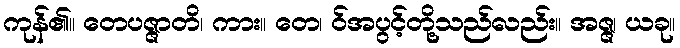
ကုန်၏။ တေပဇ္ဇာတိ၊ ကား။ တေ၊ ဝ်အပွင့်တို့သည်လည်း။ အဇ္ဇ၊ ယခု။